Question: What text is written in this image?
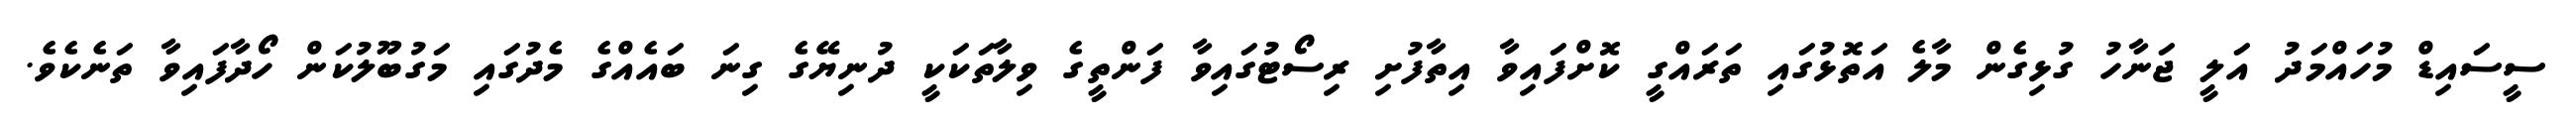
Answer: ސީސައިޑް މުހައްމަދު އަލީ ޖަނާހު ގުޅިގެން މާލެ އަތޮޅުގައި ތަރައްގީ ކޮށްފައިވާ އިތާފުށި ރިސޯޓުގައިވާ ފަންތީގެ ވިލާތަކަކީ ދުނިޔޭގެ ގިނަ ބައެއްގެ މެދުގައި މަގުބޫލުކަން ހޯދާފައިވާ ތަނެކެވެ.